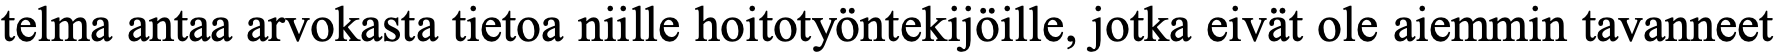
telma antaa arvokasta tietoa niille hoitotyöntekijöille, jotka eivät ole aiemmin tavanneet